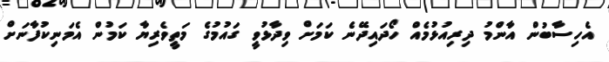
އެހިސާބުން އާންމު ދިރިއުޅުމެއް ހޯދައިދޭނެ ކަމަށް ވިދާޅުވީ ގައުމުގެ މަތީވެރިޔާ ކަމުން އެމަނިކުފާނަށް